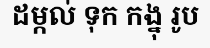
ដម្កល់ ទុក កង្នុ រូប